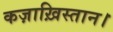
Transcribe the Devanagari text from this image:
कज़ाख़िस्तान।